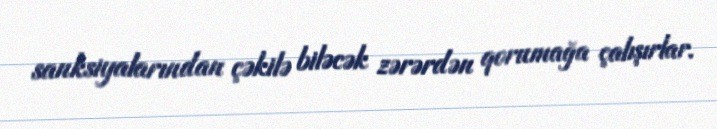
sanksiyalarından çəkilə biləcək zərərdən qorumağa çalışırlar.